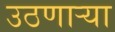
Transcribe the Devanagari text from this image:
उठणार्‍या